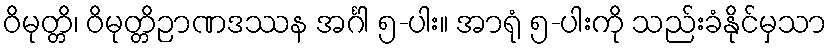
ဝိမုတ္တိ၊ ဝိမုတ္တိဉာဏဒဿန အင်္ဂါ ၅-ပါး။ အာရုံ ၅-ပါးကို သည်းခံနိုင်မှသာ